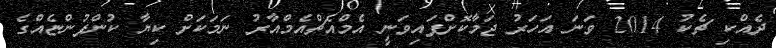
ދެއްކި ޗެކު 2014 ވަނަ އަހަރު ޖަމާކޮށްފައިވަނީ އެމްއެޗްއެމްއާރު ނަމަކަށް ކިޔާ ކުންފުންޏެއްގެ